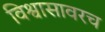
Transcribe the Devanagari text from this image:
विश्वासावरच